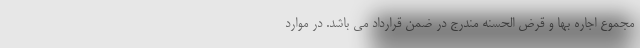
مجموع اجاره بها و قرض الحسنه مندرج در ضمن قرارداد می باشد. در موارد